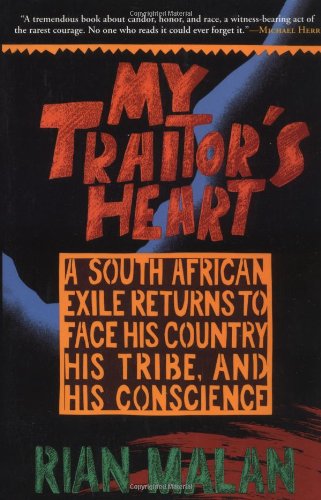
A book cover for My Traitor's Heart: A South African Exile Returns to Face His Country, His Tribe, and His Conscience; Rian Malan; Biographies & Memoirs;